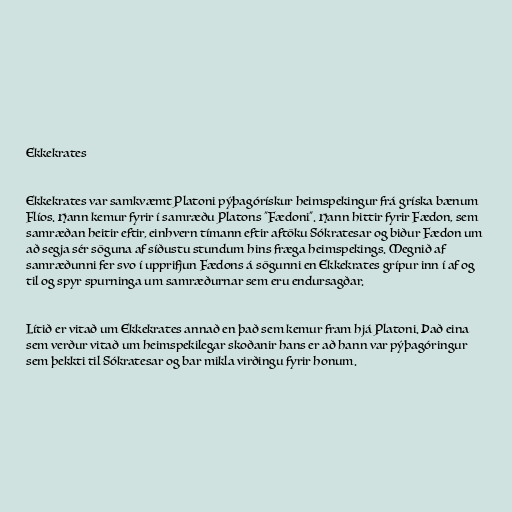
Ekkekrates

Ekkekrates var samkvæmt Platoni pýþagórískur heimspekingur frá gríska bænum
Flíos. Hann kemur fyrir í samræðu Platons "Fædoni". Hann hittir fyrir Fædon, sem
samræðan heitir eftir, einhvern tímann eftir aftöku Sókratesar og biður Fædon um
að segja sér söguna af síðustu stundum hins fræga heimspekings. Megnið af
samræðunni fer svo í upprifjun Fædons á sögunni en Ekkekrates grípur inn í af og
til og spyr spurninga um samræðurnar sem eru endursagðar.

Lítið er vitað um Ekkekrates annað en það sem kemur fram hjá Platoni. Það eina
sem verður vitað um heimspekilegar skoðanir hans er að hann var pýþagóringur
sem þekkti til Sókratesar og bar mikla virðingu fyrir honum.